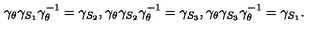
\gamma _ { \theta } \gamma _ { S _ { 1 } } \gamma _ { \theta } ^ { - 1 } = \gamma _ { S _ { 2 } } , \gamma _ { \theta } \gamma _ { S _ { 2 } } \gamma _ { \theta } ^ { - 1 } = \gamma _ { S _ { 3 } } , \gamma _ { \theta } \gamma _ { S _ { 3 } } \gamma _ { \theta } ^ { - 1 } = \gamma _ { S _ { 1 } } .